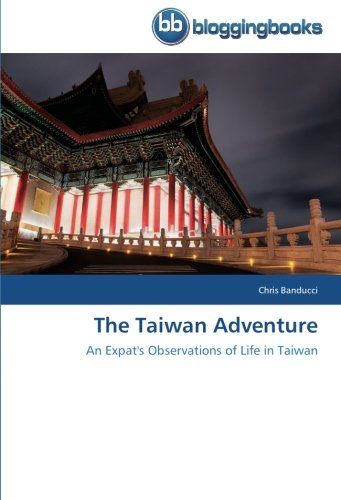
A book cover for The Taiwan Adventure: An Expat's Observations of Life in Taiwan; Chris Banducci; Travel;